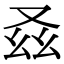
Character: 𠬾